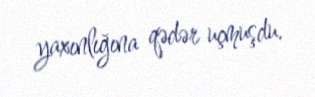
yaxınlığına qədər uçmuşdu.